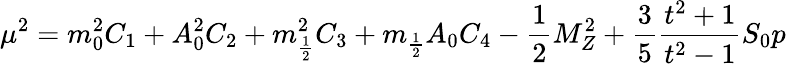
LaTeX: \mu^{2}=m_{0}^{2}C_{1}+A_{0}^{2}C_{2}+m_{\frac{1}{2}}^{2}C_{3}+m_{\frac{1}{2}}A_{0}C_{4}-\frac{1}{2}M_{Z}^{2}+\frac{3}{5}\frac{t^{2}+1}{t^{2}-1}S_{0}p